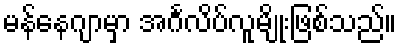
မန်နေဂျာမှာ အင်္ဂလိပ်လူမျိုးဖြစ်သည်။